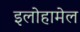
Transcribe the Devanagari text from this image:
इलोहामेल